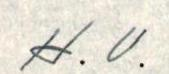
H. V.